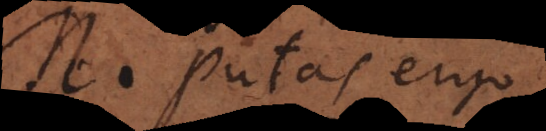
M. Putas ergo